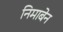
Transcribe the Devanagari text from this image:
निमाबेन